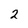
Character: 2